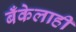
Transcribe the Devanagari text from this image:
बँकेलाही